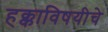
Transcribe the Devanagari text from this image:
हक्काविषयीचे